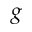
g